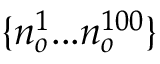
\{ n _ { o } ^ { 1 } . . . n _ { o } ^ { 1 0 0 } \}